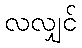
လလျှင်